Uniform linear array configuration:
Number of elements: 12
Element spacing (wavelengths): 0.25
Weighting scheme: hamming
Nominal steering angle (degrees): -30
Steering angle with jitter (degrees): -31.635
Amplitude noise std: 0.05
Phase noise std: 0.05

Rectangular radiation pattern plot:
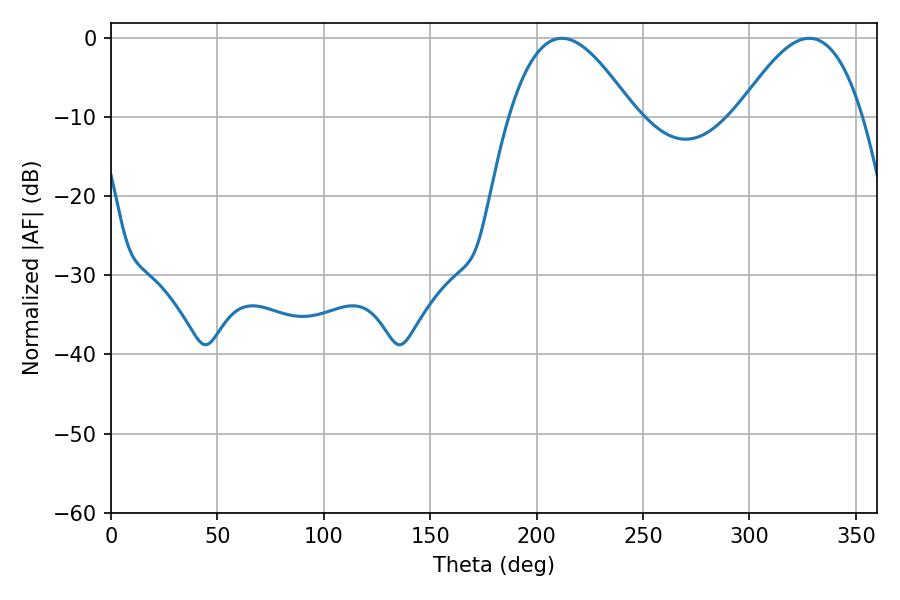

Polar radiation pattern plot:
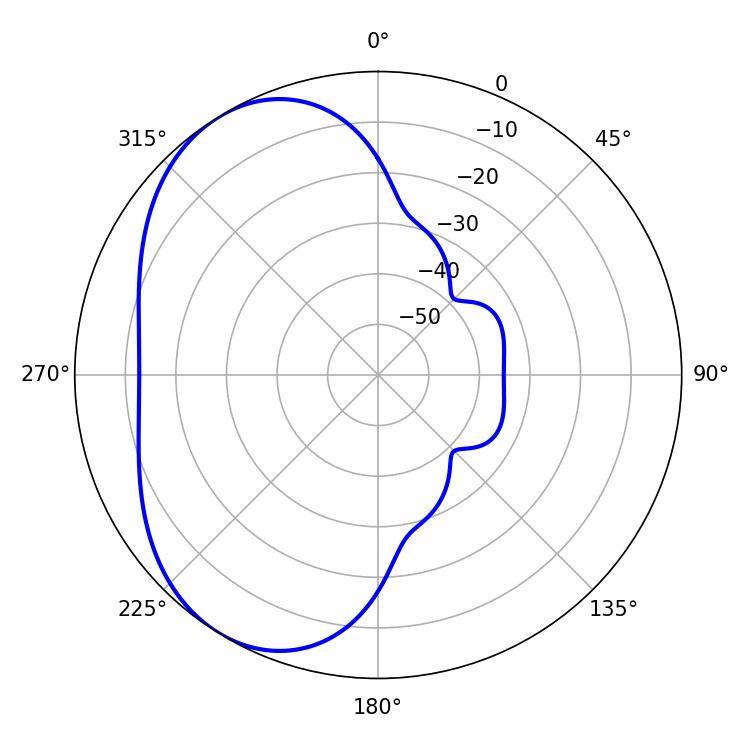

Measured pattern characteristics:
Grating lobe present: FALSE
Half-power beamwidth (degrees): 31.86
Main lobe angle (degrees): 328.14